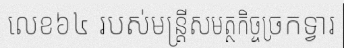
លេខ៦៤ របស់មន្ត្រីសមត្ថកិច្ចច្រកទ្វារ